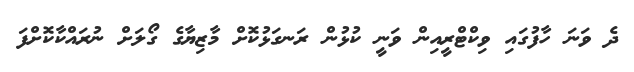
ދެ ވަނަ ހާފުގައި ވިކްޓްރީއިން ވަނީ ކުޅުން ރަނގަޅުކޮށް މާޒިޔާގެ ގޯލަށް ނުރައްކާކޮށްފަ